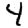
Digit: 4